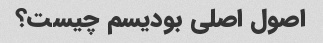
اصول اصلی بودیسم چیست؟